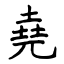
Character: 堯